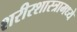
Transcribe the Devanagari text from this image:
शरीरशास्त्रामध्ये